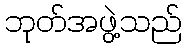
ဘုတ်အဖွဲ့သည်